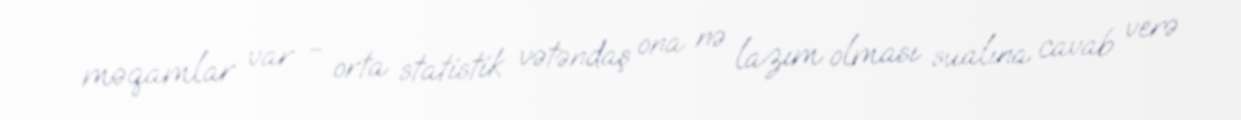
məqamlar var - orta statistik vətəndaş ona nə lazım olması sualına cavab verə